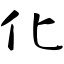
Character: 化